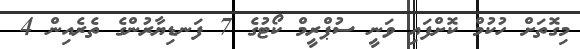
މިގޮތަށް ހުކުމް ކޮށްފައި ވަނީ ސުޕްރީމް ކޯޓުގެ 7 ފަނޑިޔާރުންގެ ތެރެއިން 4